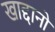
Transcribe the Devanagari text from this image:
खाद्दानो